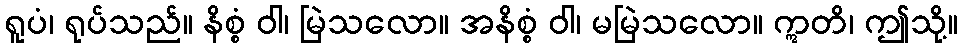
ရူပံ၊ ရုပ်သည်။ နိစ္စံ ဝါ၊ မြဲသလော။ အနိစ္စံ ဝါ၊ မမြဲသလော။ ဣတိ၊ ဤသို့။